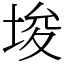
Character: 埈